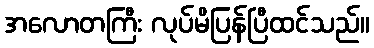
အလောတကြီး လုပ်မိပြန်ပြီထင်သည်။